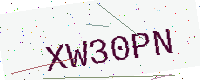
Text: XW30PN